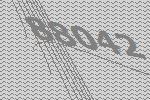
88042